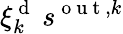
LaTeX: \xi_{k}^{\mathrm{~d~}}\: s^{\mathrm{~o~u~t~},k}